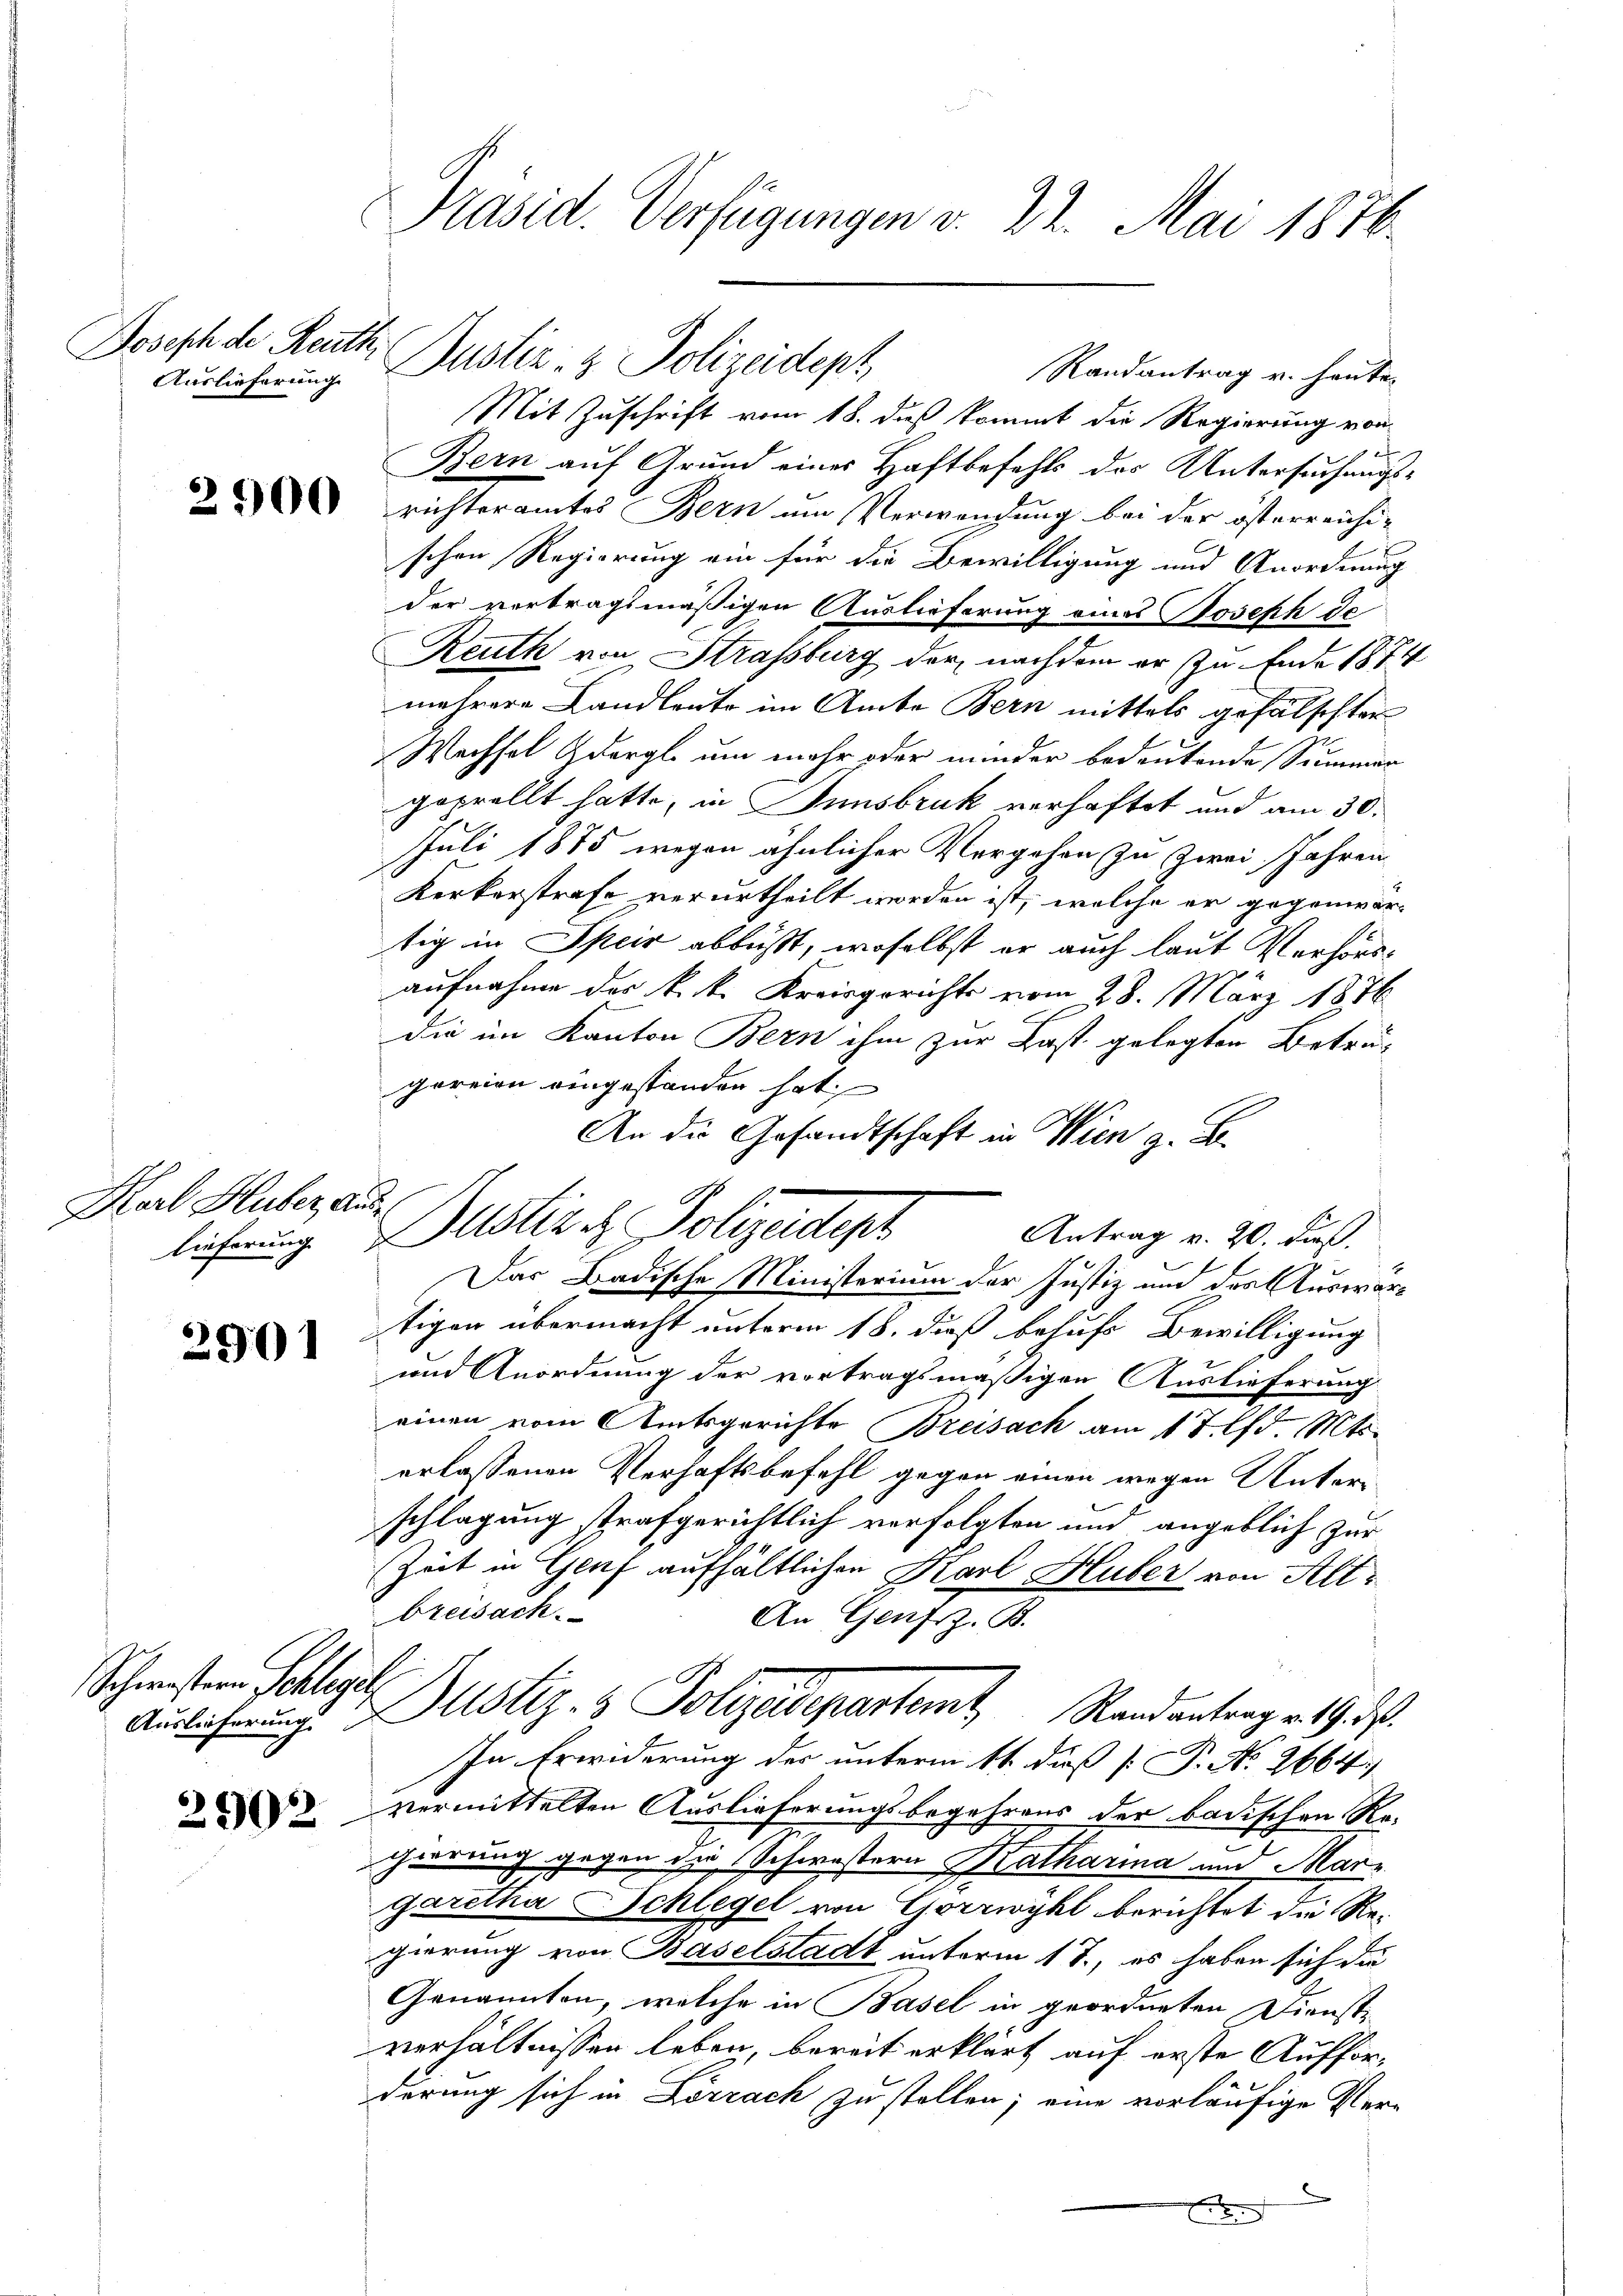
Joseph der Reuth,
Auslieferung

2900

Karl Huber, Aus¬

2901

Schwestern Schleger

2902

Präsid. Verfügungen v. 22. Mai 1876

Randantrag v. heute
Mit Zuschrift vom 18. daß kommt die Regierung von
Bern auf Grund eines Haftbefehls des Untersuchungsrichteramtes Bern um Verwendung bei der österreichischen Regierung ein für die Bewilligung und Anordnung
der vertragsmäßigen Auslieferung eines Joseph de
Reuth von Strassburg der nachdem er zu Ende 1874
mehrere Landleute im Amte Bern mittels gefälschter
Wechsel Gdergl. um mehr oder minder bedeutende Summer
geprellt hatte, in Innsbruk verhaftet und am 30.
Juli 1875 wegen ähnlicher Vergehen zu zwei Jahren
Kerkerstrafe verurtheilt worden ist, welche er gegenwärtig in Speir abbüßt, woselbst er auch laut Verhörsaufnahme des k. k. Kreisgerichts vom 28. März 1876
die im Kanton Bern ihm zur Last gelegten Beträgoreien eingestanden hat
An die Gesandtschaft in Wien z. B.
Antrag v. 20. dieß.
Das Badische Ministerium der Justiz und des Auswartigen übermacht unterm 18. dieß behufs Bewilligung
und Anordnung der vortragsmäßigen Auslieferung
einen vom Amtsgerichte Breisach am 17 lfd. Mts.
erlassenen Verhaftsbefehl gegen einen wegen Unterschlagung trafgerichtlich verfolgten und angeblich zur
Zeit in Genf aufhältlichen Karl Hluber von Altbreisach
An Genf z. B.
Auslicherung Altstiz- & Polizeidepartemt, Randantrag v. 19. ds.
In Erwiderung der unterm 14. dieß [ P. No. 2664.
vermittelten Auslieferungsbegehrens der badischen Re-
cheerung gegen die Schwestern Katharina und Marz
garetha Schlegel von Gorrwyhl berichtet die Regierung von Baselstadt unterm 17., es haben sich die
Genannten, welche in Basel in geordneten Dienste
verhältnissen leben, bereit erklärt auf erste Aufforderung sich in Lörrach zu stellen; eine vorläufige Ver-
2

lehnung Dustiz & Polizeidigt

Justiz- & Polizeidept